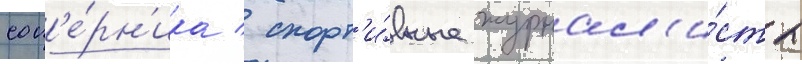
соп'е́рн'ика / спорт'и́вные журнал'и́сты